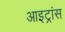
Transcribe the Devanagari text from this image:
आइट्रांस